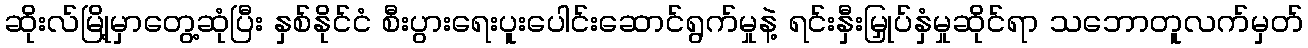
ဆိုးလ်မြို့မှာတွေ့ဆုံပြီး နှစ်နိုင်ငံ စီးပွားရေးပူးပေါင်းဆောင်ရွက်မှုနဲ့ ရင်းနှီးမြှုပ်နှံမှုဆိုင်ရာ သဘောတူလက်မှတ်